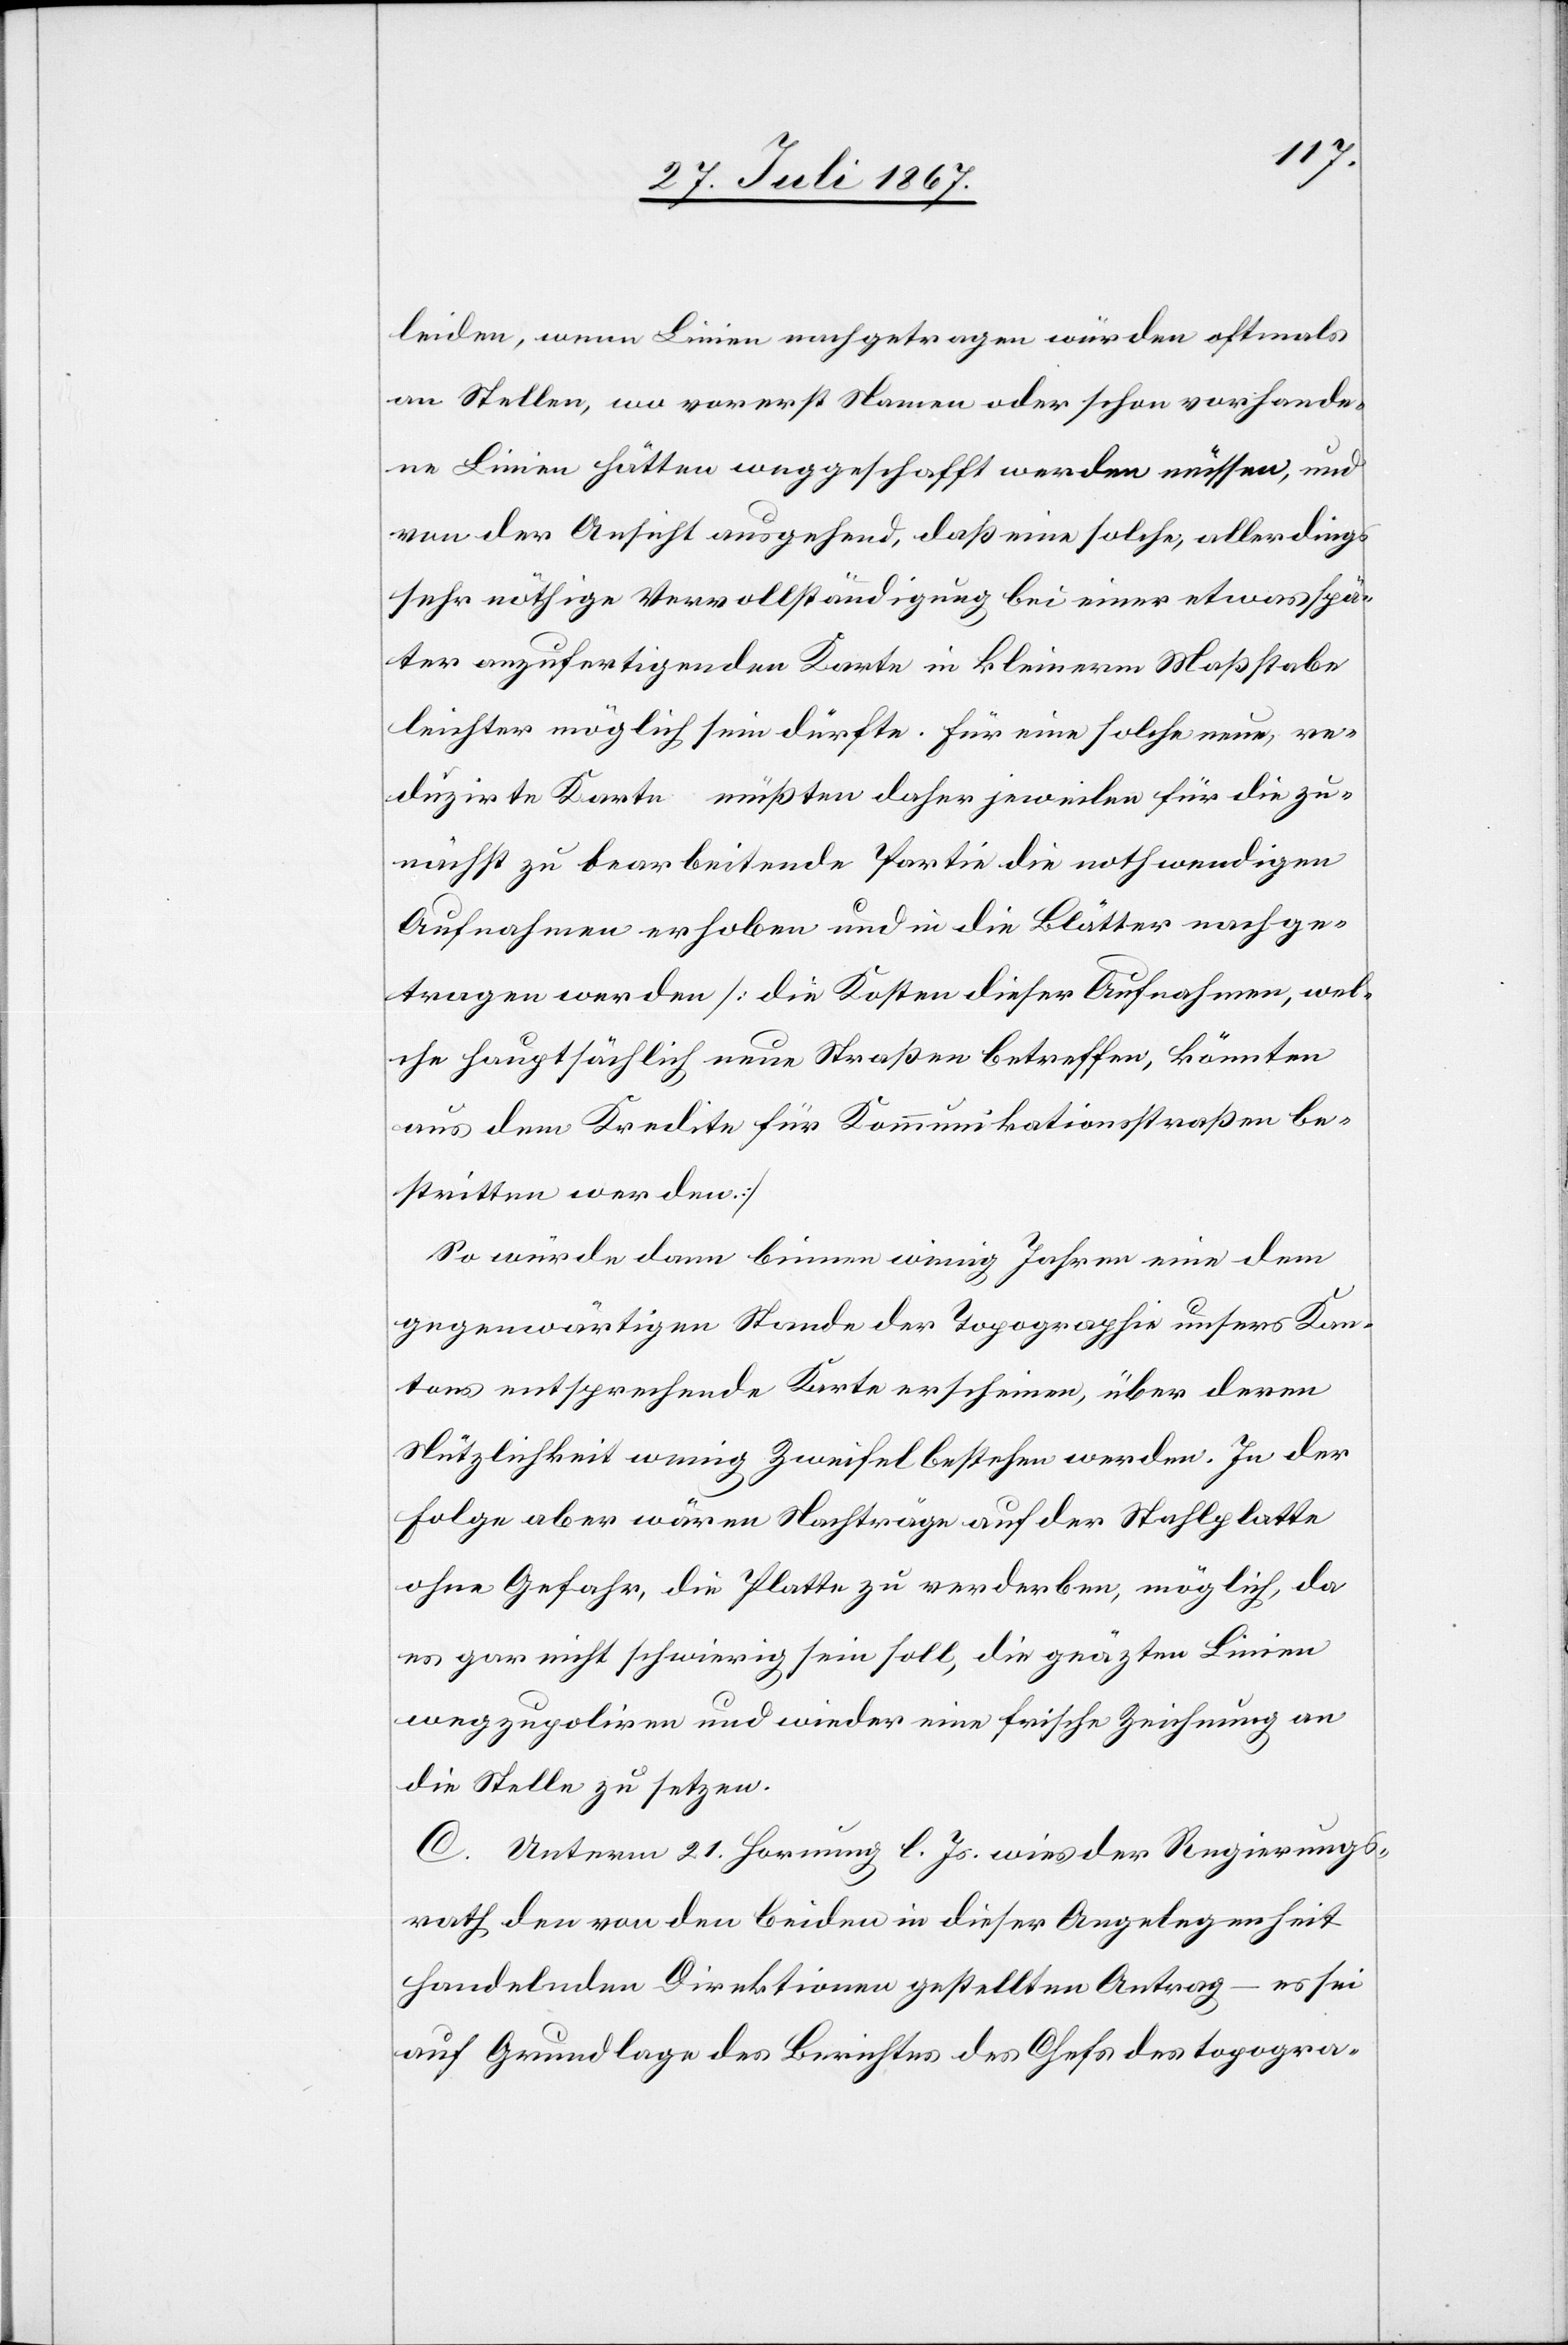
leiden, wenn Linien nachgetragen würden oftmals
an Stellen, wo vorerst Namen oder schon vorhande¬
ne Linien hätten weggeschafft werden müssen, und
von der Ansicht ausgehend, daß eine solche, allerdings
sehr nöthige Vervollständigung bei einer etwas spä¬
ter anzufertigenden Karte in kleinerm Maßstabe
leichter möglich sein dürfte. Für eine solche neue, re¬
duzirte Karte müßten daher jeweilen für die zu¬
nächst zu bearbeitende Partie die nothwendigen
Aufnahmen erhoben und in die Blätter nachge¬
tragen werden [die Kosten dieser Aufnahme, wel¬
che hauptsächlich neue Straßen betreffen, könnten
aus dem Kredite für Kommunikationsstraßen be¬
stritten werden].
So würde dann binnen wenig Jahren eine dem
gegenwärtigen Stande der Topographie unsers Kan¬
tons entsprechende Karte erscheinen, über deren
Nützlichkeit wenig Zweifel bestehen werden. In der
Folge aber wären Nachträge auf der Stahlplatte
ohne Gefahr, die Platte zu verderben, möglich, da
es gar nicht schwierig sein soll, die geäzten Linien
wegzupoliren und wieder frische Zeichnung an die
C. Unterm 21. Hornung l. Js. wies der Regierungs¬
rath den von den beiden in dieser Angelegenheit
handelnden Direktionen gestellten Antrag – es sei
auf Grundlage des Berichtes des Chefs des topogra-